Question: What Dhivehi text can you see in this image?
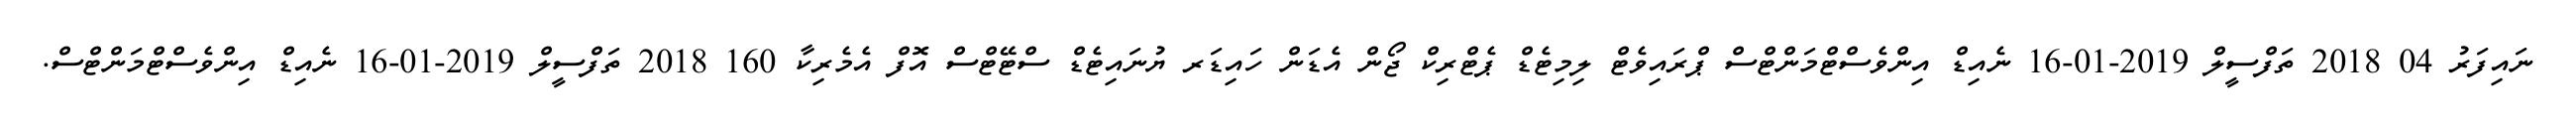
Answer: ނައިފަރު 04 2018 ތަފްސީލް 2019-01-16 ނެއިޑް އިންވެސްޓްމަންޓްސް ޕްރައިވެޓް ލިމިޓެޑް ޕެޓްރިކް ޖޯން އެޑަން ހައިޑަރ ޔުނައިޓެޑް ސްޓޭޓްސް އޮފް އެމެރިކާ 160 2018 ތަފްސީލް 2019-01-16 ނެއިޑް އިންވެސްޓްމަންޓްސް.